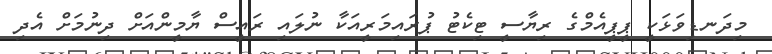
މިދަނޑިވަޅަކީ ޕީޕީއެމްގެ ރިޔާސީ ޓިކެޓު ޕުރައިމަރީއަކާ ނުލައި ރައީސް ޔާމީންއަށް ދިނުމަށް އެދި